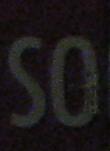
so